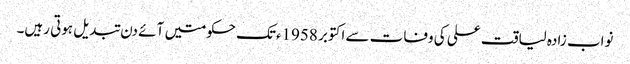
نواب زادہ لیاقت علی کی وفات سے اکتوبر 1958ءتک حکومتیں آئے دن تبدیل ہوتی رہیں۔